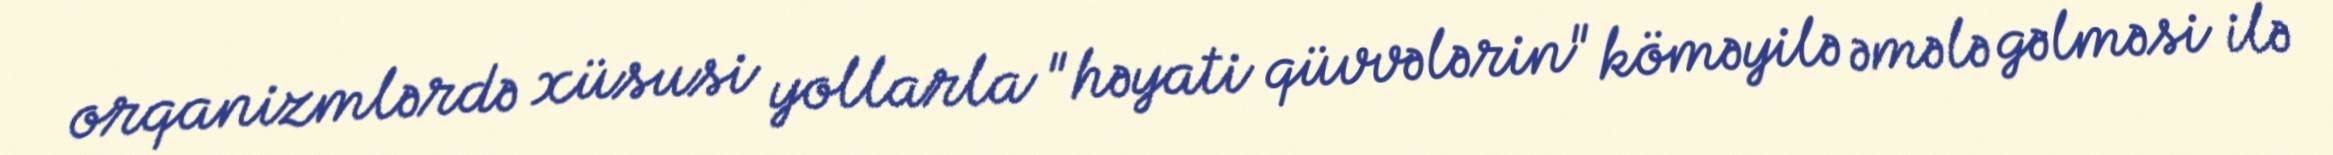
orqanizmlərdə xüsusi yollarla "həyati qüvvələrin" köməyilə əmələ gəlməsi ilə